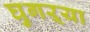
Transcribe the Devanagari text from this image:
घुगऱ्या